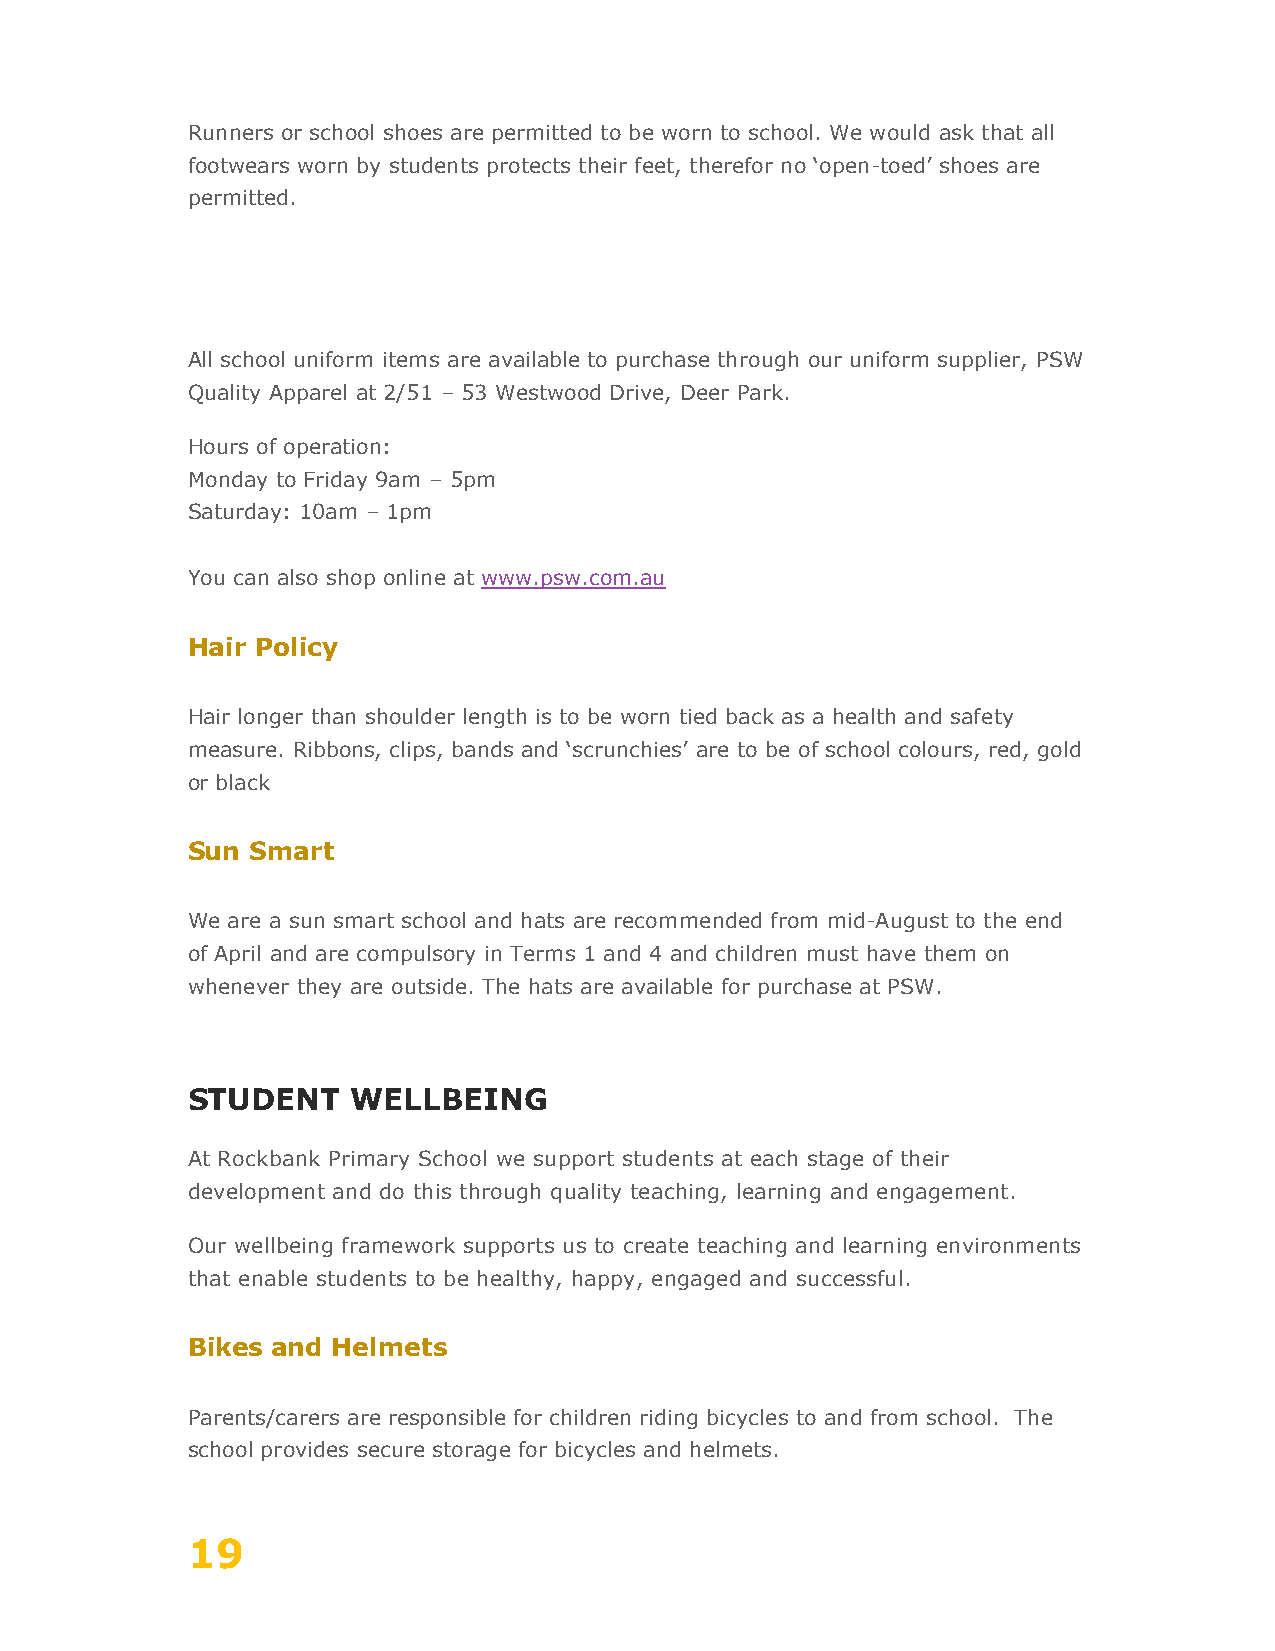
Runners or school shoes are permitted to be worn to school. We would ask that all
 footwears worn by students protects their feet, therefor no ‘open-toed’ shoes are
 permitted.
 All school uniform items are available to purchase through our uniform supplier, PSW
 Quality Apparel at 2/51 – 53 Westwood Drive, Deer Park.
 Hours of operation:
 Monday to Friday 9am – 5pm
 Saturday: 10am – 1pm
 You can also shop online at www.psw.com.au
 Hair Policy
 Hair longer than shoulder length is to be worn tied back as a health and safety
 measure. Ribbons, clips, bands and ‘scrunchies’ are to be of school colours, red, gold
 or black
 Sun  Smart
 We are a sun smart school and hats are recommended from mid-August to the end
 of April and are compulsory in Terms 1 and 4 and children must have them on
 whenever they are outside. The hats are available for purchase at PSW.
 STUDENT    WELLBEING
 At Rockbank Primary School we support students at each stage of their
 development and do this through quality teaching, learning and engagement.
 Our wellbeing framework supports us to create teaching and learning environments
 that enable students to be healthy, happy, engaged and successful.
 Bikes and Helmets
 Parents/carers are responsible for children riding bicycles to and from school. The
 school provides secure storage for bicycles and helmets.
 19